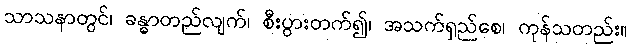
သာသနာတွင်၊ ခန္ဓာတည်လျက်၊ စီးပွားတက်၍၊ အသက်ရှည်စေ၊ ကုန်သတည်း။